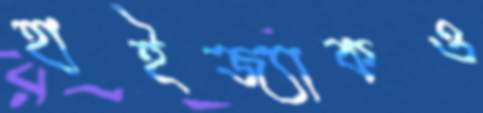
হাইজ্যাকও